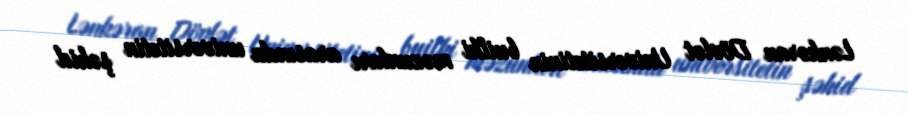
Lənkəran Dövlət Universitetinin builki məzunları arasında universitetin şəhid